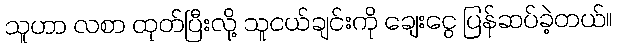
သူဟာ လစာ ထုတ်ပြီးလို့ သူငယ်ချင်းကို ချေးငွေ ပြန်ဆပ်ခဲ့တယ်။